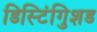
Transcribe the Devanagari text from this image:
डिस्टिंगुिशड